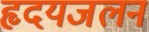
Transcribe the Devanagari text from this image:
हृदयजलन